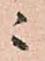
ニ